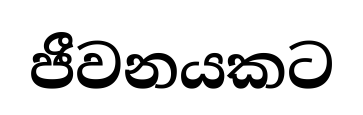
ජීවනයකට